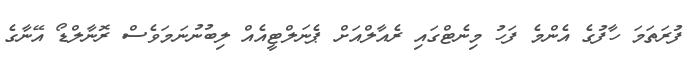
ފުރަތަމަ ހާފުގެ އެންމެ ފަހު މިނެޓްގައި ރެއާލްއަށް ޕެނަލްޓީއެއް ލިބުނުނަމަވެސް ރޮނާލްޑޯ އޭނާގެ